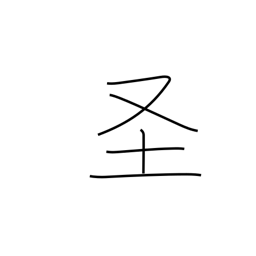
Meaning: holy